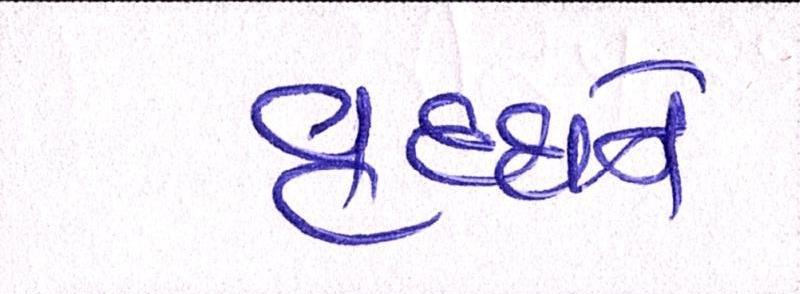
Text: વૃધ્ધને